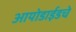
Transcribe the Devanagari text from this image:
आयोडाईडचे